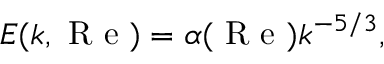
E ( k , \mathrm { ~ R ~ e ~ } ) = \alpha ( \mathrm { ~ R ~ e ~ } ) k ^ { - 5 / 3 } ,